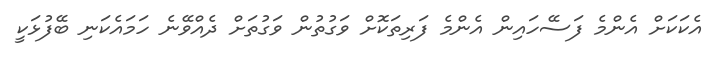
އެކަކަށް އެންމެ ފަސޭހައިން އެންމެ ފަރިތަކޮށް ވަގުތުން ވަގުތަށް ދެއްވޭނެ ހަމައެކަނި ބޭފުޅަކީ